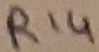
Text: R14